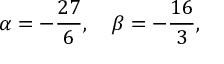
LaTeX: \alpha = - \frac { 2 7 } { 6 } , \quad \beta = - \frac { 1 6 } { 3 } ,